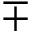
\mp